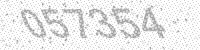
Solution: 057354